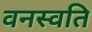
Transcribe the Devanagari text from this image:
वनस्वति